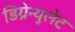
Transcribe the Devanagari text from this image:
डिग्रेन्युलेट